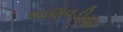
ભાણવડીયા